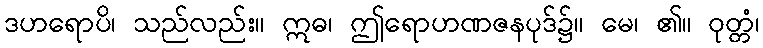
ဒဟရောပိ၊ သည်လည်း။ ဣဓ၊ ဤရောဟဏဇနပုဒ်၌။ မေ၊ ၏။ ဝုတ္တံ၊